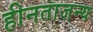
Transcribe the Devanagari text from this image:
हीनताजन्य